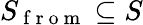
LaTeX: S_{\mathrm{~f~r~o~m~}}\subseteq S